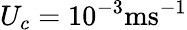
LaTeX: U_{c}=10^{-3}\mathrm{ms^{-1}}